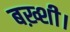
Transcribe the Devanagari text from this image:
बख़्शी।